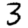
Digit: 3